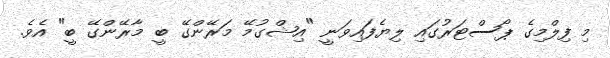
މި ފިލްމިގެ ޕޯސްޓަރުގައި ލިޔެފައިވަނީ "އިޝްގުމޭ މަރޭންގޭ ބީ މާރޭންގޭ ބީ" އެވެ.